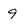
Character: 9